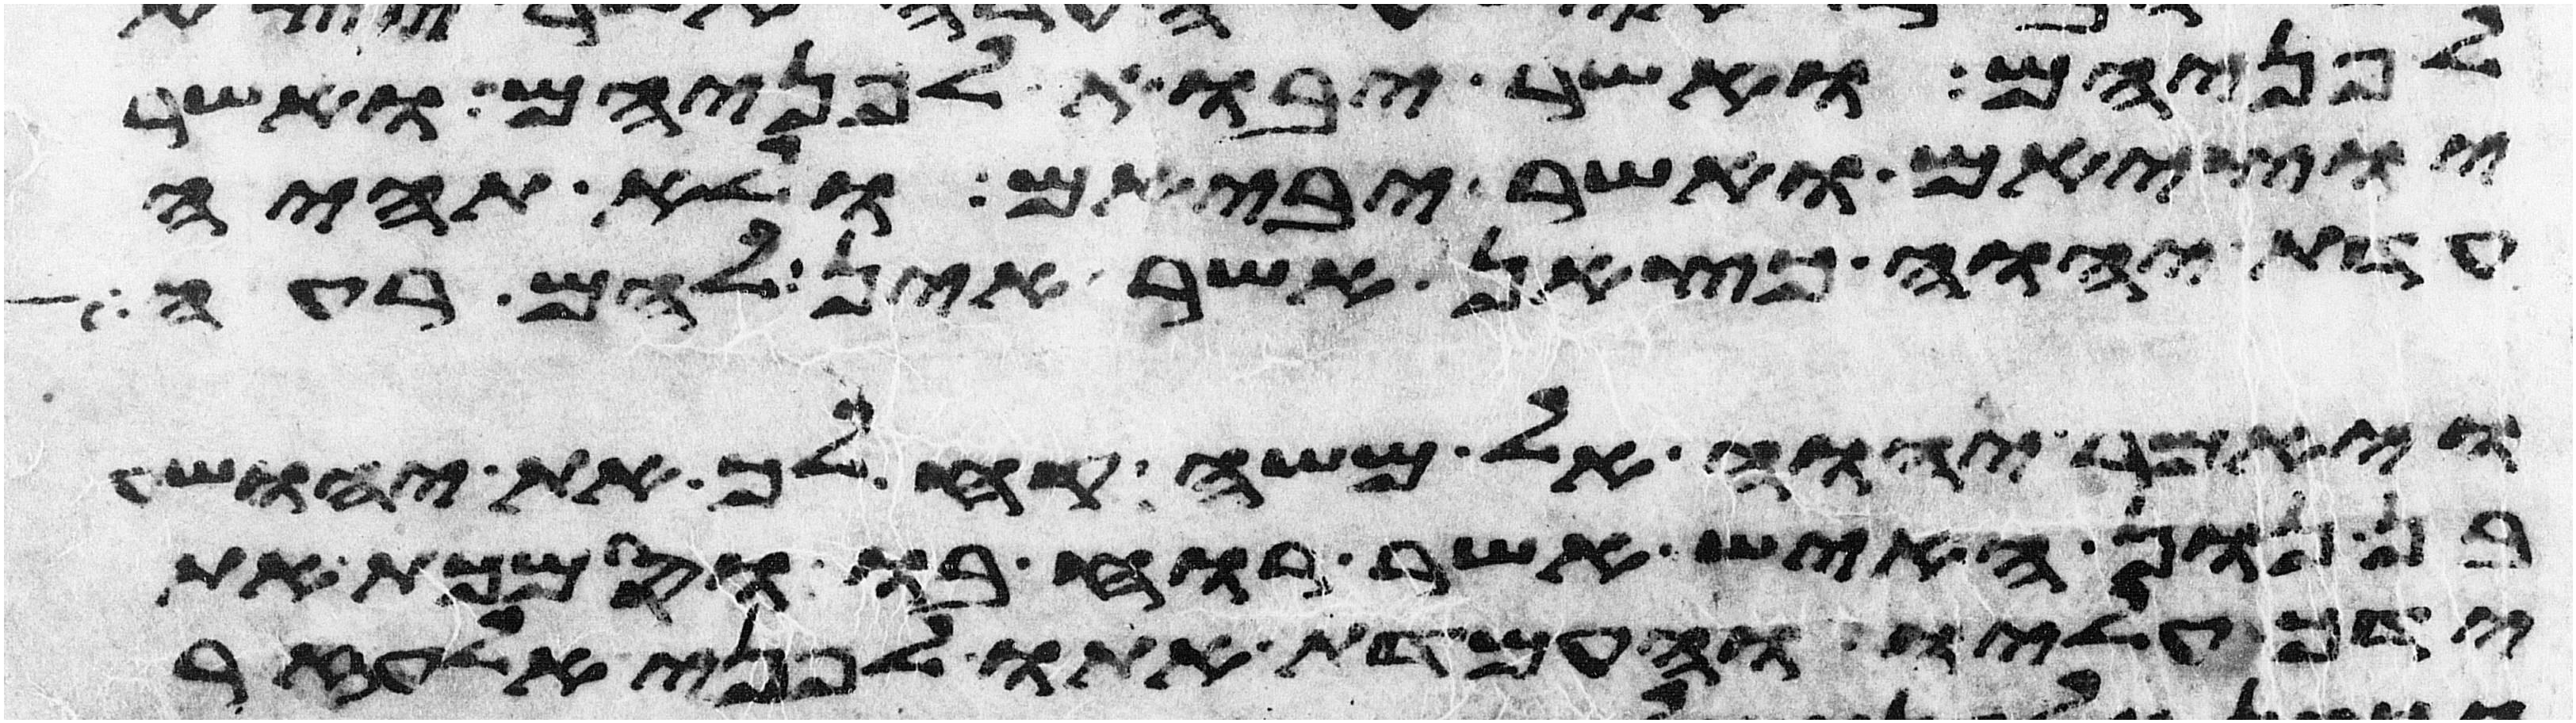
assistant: לפניהם ואשר יבוא לפניהם ואשר
יוציאם ואשר יביאם ולא תהיה
עדת יהוה כצאן אשר אין להם רעה
ויאמר יהוה אל משה קח לך את יהושע
בן נון האיש אשר רוחו בו וסמכת את
ידך עליו והעמדת אתו לפני אלעזר